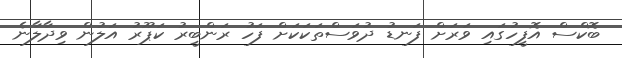
ބޮކްސް އޮފީހުގައި ވަރަށް ފަނޑު ދުވަސްތަކަކަށް ފަހު ރަންބީރު ކަޕޫރު އަލުން ވިދާލާނެ